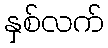
နှစ်လက်